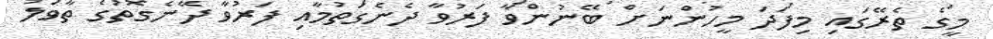
މީގެ ތެރޭގައި މިފަދަ މީހުންނަށް ބޭނުންވާ ފަރުވާ ދެނެގަތުމާއި ފަރުވާ ދޭނެގޮތުގެ ތާވަލު